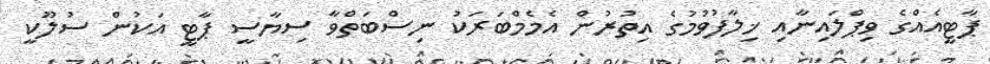
ޕާޓީއެއްގެ ވިޕްލައިނާއި ޚިލާފުވުމުގެ އިތުރުން އެމެމްބަރަކު ނިސްބަތްވާ ސިޔާސީ ޕާޓީ އަކުން ސުލޫކީ